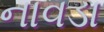
નાવડા